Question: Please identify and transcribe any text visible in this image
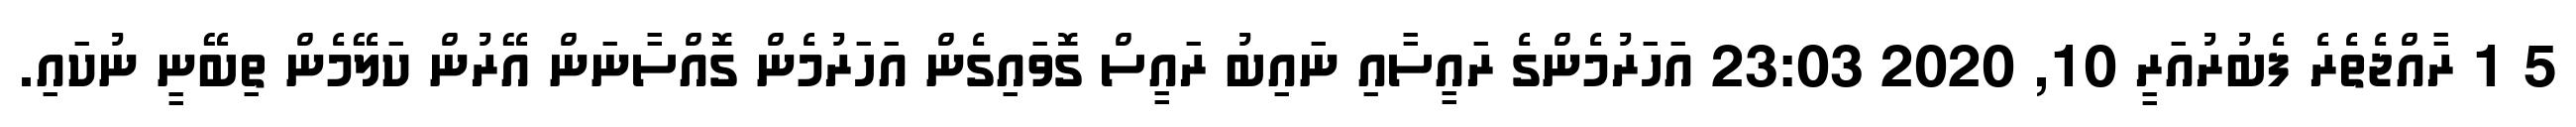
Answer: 5 1 ރާއްޖެތެރެ ފެބުރުއަރީ 10, 2020 23:03 އަހަރުމެންގެ ރައީސާއި ނައިބު ރައީސް ގޮވައިގެން އަހަރުމެން ގޮއްސާނަން އޭރުން ކަލޭމެން ތިބޭނީ ނުކައި.